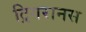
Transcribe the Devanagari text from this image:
ट्रिगरानस